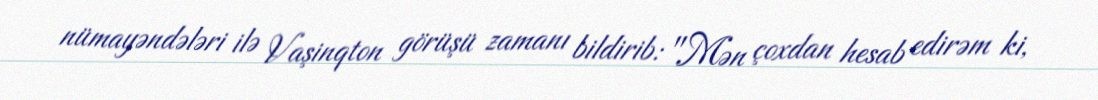
nümayəndələri ilə Vaşinqton görüşü zamanı bildirib: "Mən çoxdan hesab edirəm ki,